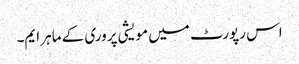
اس رپورٹ میں مویشی پروری کے ماہر ایم۔